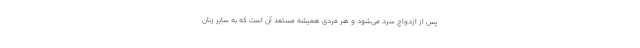
پس از ازدواج سرد می‌شود و هر مردی همیشه مستعد آن است که به سایر زنان